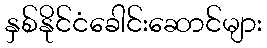
နှစ်နိုင်ငံခေါင်းဆောင်များ